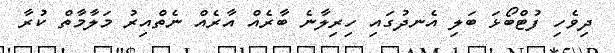
ދިވެހި ފުޓްބޯޅަ ބަލި އެނދުގައި ހިރިލާނެ ބާރެއް އާރެއް ނެތްއިރު މަލާމާތް ކުރާ